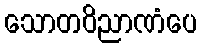
သောတဝိညာဏံပေ